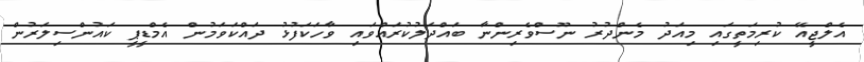
އެލްޖީއޭ ކުރިމަތީގައި މިއަދު މެންދުރު ނޫސްވެރިންނާ ބައްދަލުކުރައްވައި ވާހަކަފުޅު ދައްކަވަމުން އެމްޑީޕީ ކައުންސިލަރުން